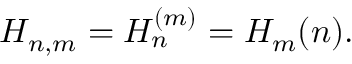
H _ { n , m } = H _ { n } ^ { ( m ) } = H _ { m } ( n ) .